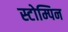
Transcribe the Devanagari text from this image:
स्टोम्पिन